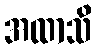
အထာသိ